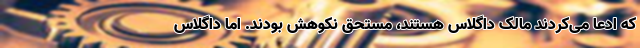
که ادعا می‌کردند مالک داگلاس هستند، مستحق نکوهش بودند. اما داگلاس